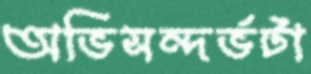
অভিসন্দর্ভটা